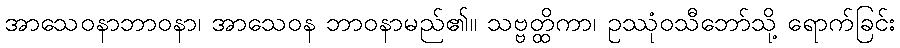
အာသေဝနာဘာဝနာ၊ အာသေဝန ဘာဝနာမည်၏။ သဗ္ဗတ္ထိကာ၊ ဥဿုံဝသီဘော်သို့ ရောက်ခြင်း